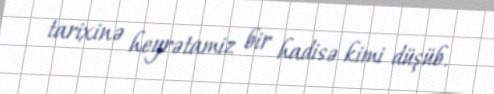
tarixinə heyrətamiz bir hadisə kimi düşüb.